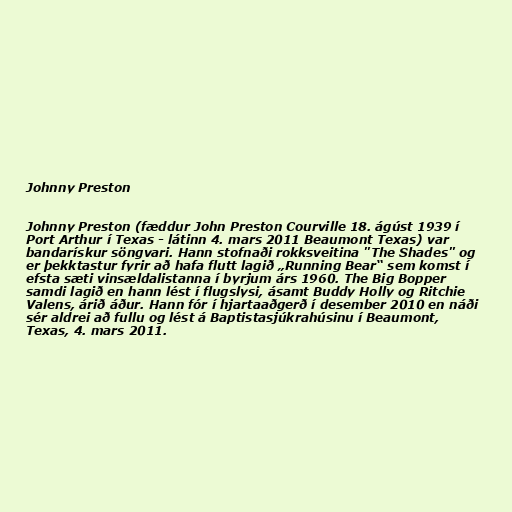
Johnny Preston

Johnny Preston (fæddur John Preston Courville 18. ágúst 1939 í
Port Arthur í Texas - látinn 4. mars 2011 Beaumont Texas) var
bandarískur söngvari. Hann stofnaði rokksveitina "The Shades" og
er þekktastur fyrir að hafa flutt lagið „Running Bear“ sem komst í
efsta sæti vinsældalistanna í byrjum árs 1960. The Big Bopper
samdi lagið en hann lést í flugslysi, ásamt Buddy Holly og Ritchie
Valens, árið áður. Hann fór í hjartaaðgerð í desember 2010 en náði
sér aldrei að fullu og lést á Baptistasjúkrahúsinu í Beaumont,
Texas, 4. mars 2011.